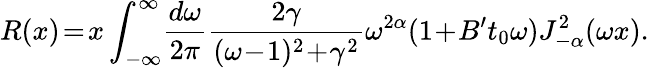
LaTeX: R(x)\! =\! x\int_{-\infty}^{\infty}\! \frac{d\omega}{2\pi}\frac{2\gamma}{(\omega\! -\! 1)^{2}\! +\! \gamma^{2}}\omega^{2\alpha}(1\! +\! B^{\prime}t_{0}\omega)J_{-\alpha}^{2}(\omega x).